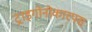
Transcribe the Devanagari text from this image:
ट्राइगोनोकारपस